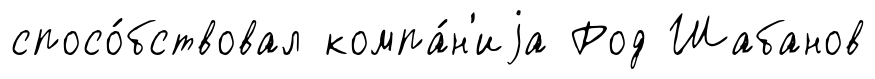
спосо́бствовал компа́н'иjа Род Шабанов